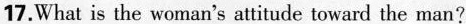
17.What is the woman's attitude toward the man?